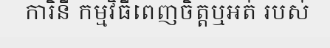
ការិនី កម្មវិធីពេញចិត្តឬអត់ របស់